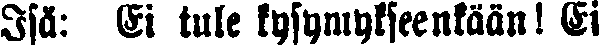
Isä: Ei tule kysymykseenkään! Ei